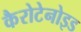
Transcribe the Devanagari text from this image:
कैरोटेनोइड